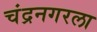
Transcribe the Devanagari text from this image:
चंद्रनगरला